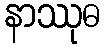
နာဿုဓ